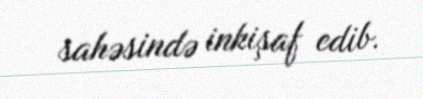
sahəsində inkişaf edib.